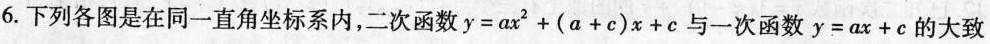
6.下列各图是在同一直角坐标系内，二次函数$$y = ax^{ 2 } + ( a + c ) x + c$$与一次函数$$y = a x + c$$的大致